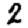
Digit: 2